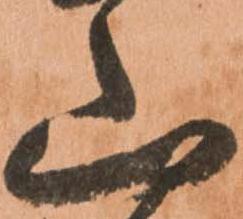
山